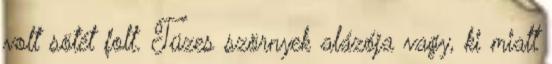
volt sötét folt. Tüzes szörnyek alázója vagy, ki miatt